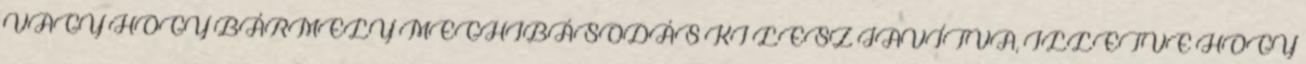
VAGY HOGY BÁRMELY MEGHIBÁSODÁS KI LESZ JAVÍTVA, ILLETVE HOGY